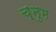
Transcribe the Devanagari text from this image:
च्नुम